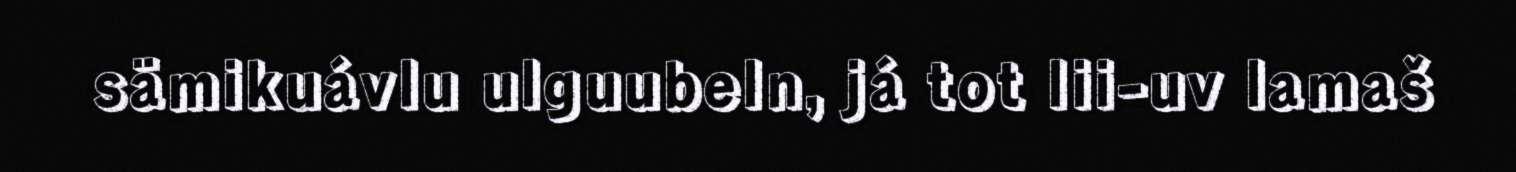
sämikuávlu ulguubeln, já tot lii-uv lamaš